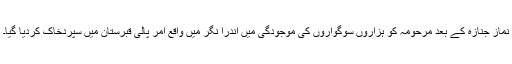
نماز جنازہ کے بعد مرحومہ کو ہزاروں سوگواروں کی موجودگی میں اندرا نگر میں واقع امر پالی قبرستان میں سپردخاک کردیا گیا۔